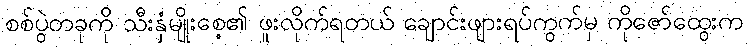
စစ်ပွဲတခုကို သီးနှံမျိုးစေ့၏ ဖူးလိုက်ရတယ် ချောင်းဖျားရပ်ကွက်မှ ကိုဇော်ထွေးက